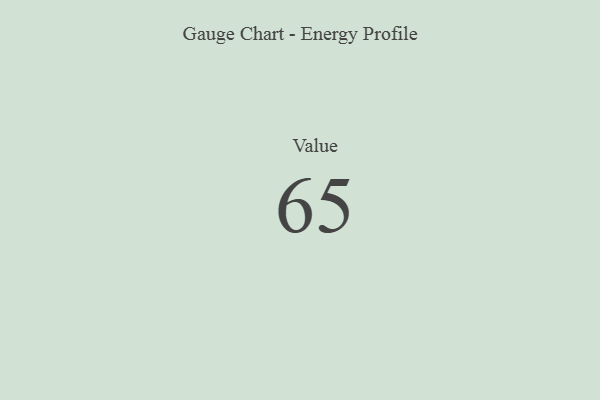
{"axis": {"x": "Metric", "y": "Value"}, "legend": [""], "data": [{"x": "Value", "y": 65, "type": ""}]}